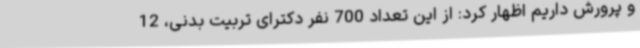
و پرورش داریم اظهار کرد: از این تعداد 700 نفر دکترای تربیت بدنی، 12